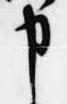
申